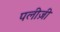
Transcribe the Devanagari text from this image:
पलीज़ी